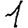
Digit: 1